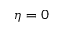
\eta = 0